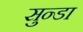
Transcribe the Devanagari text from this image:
सुन्डा